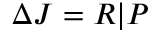
\Delta J = R | P